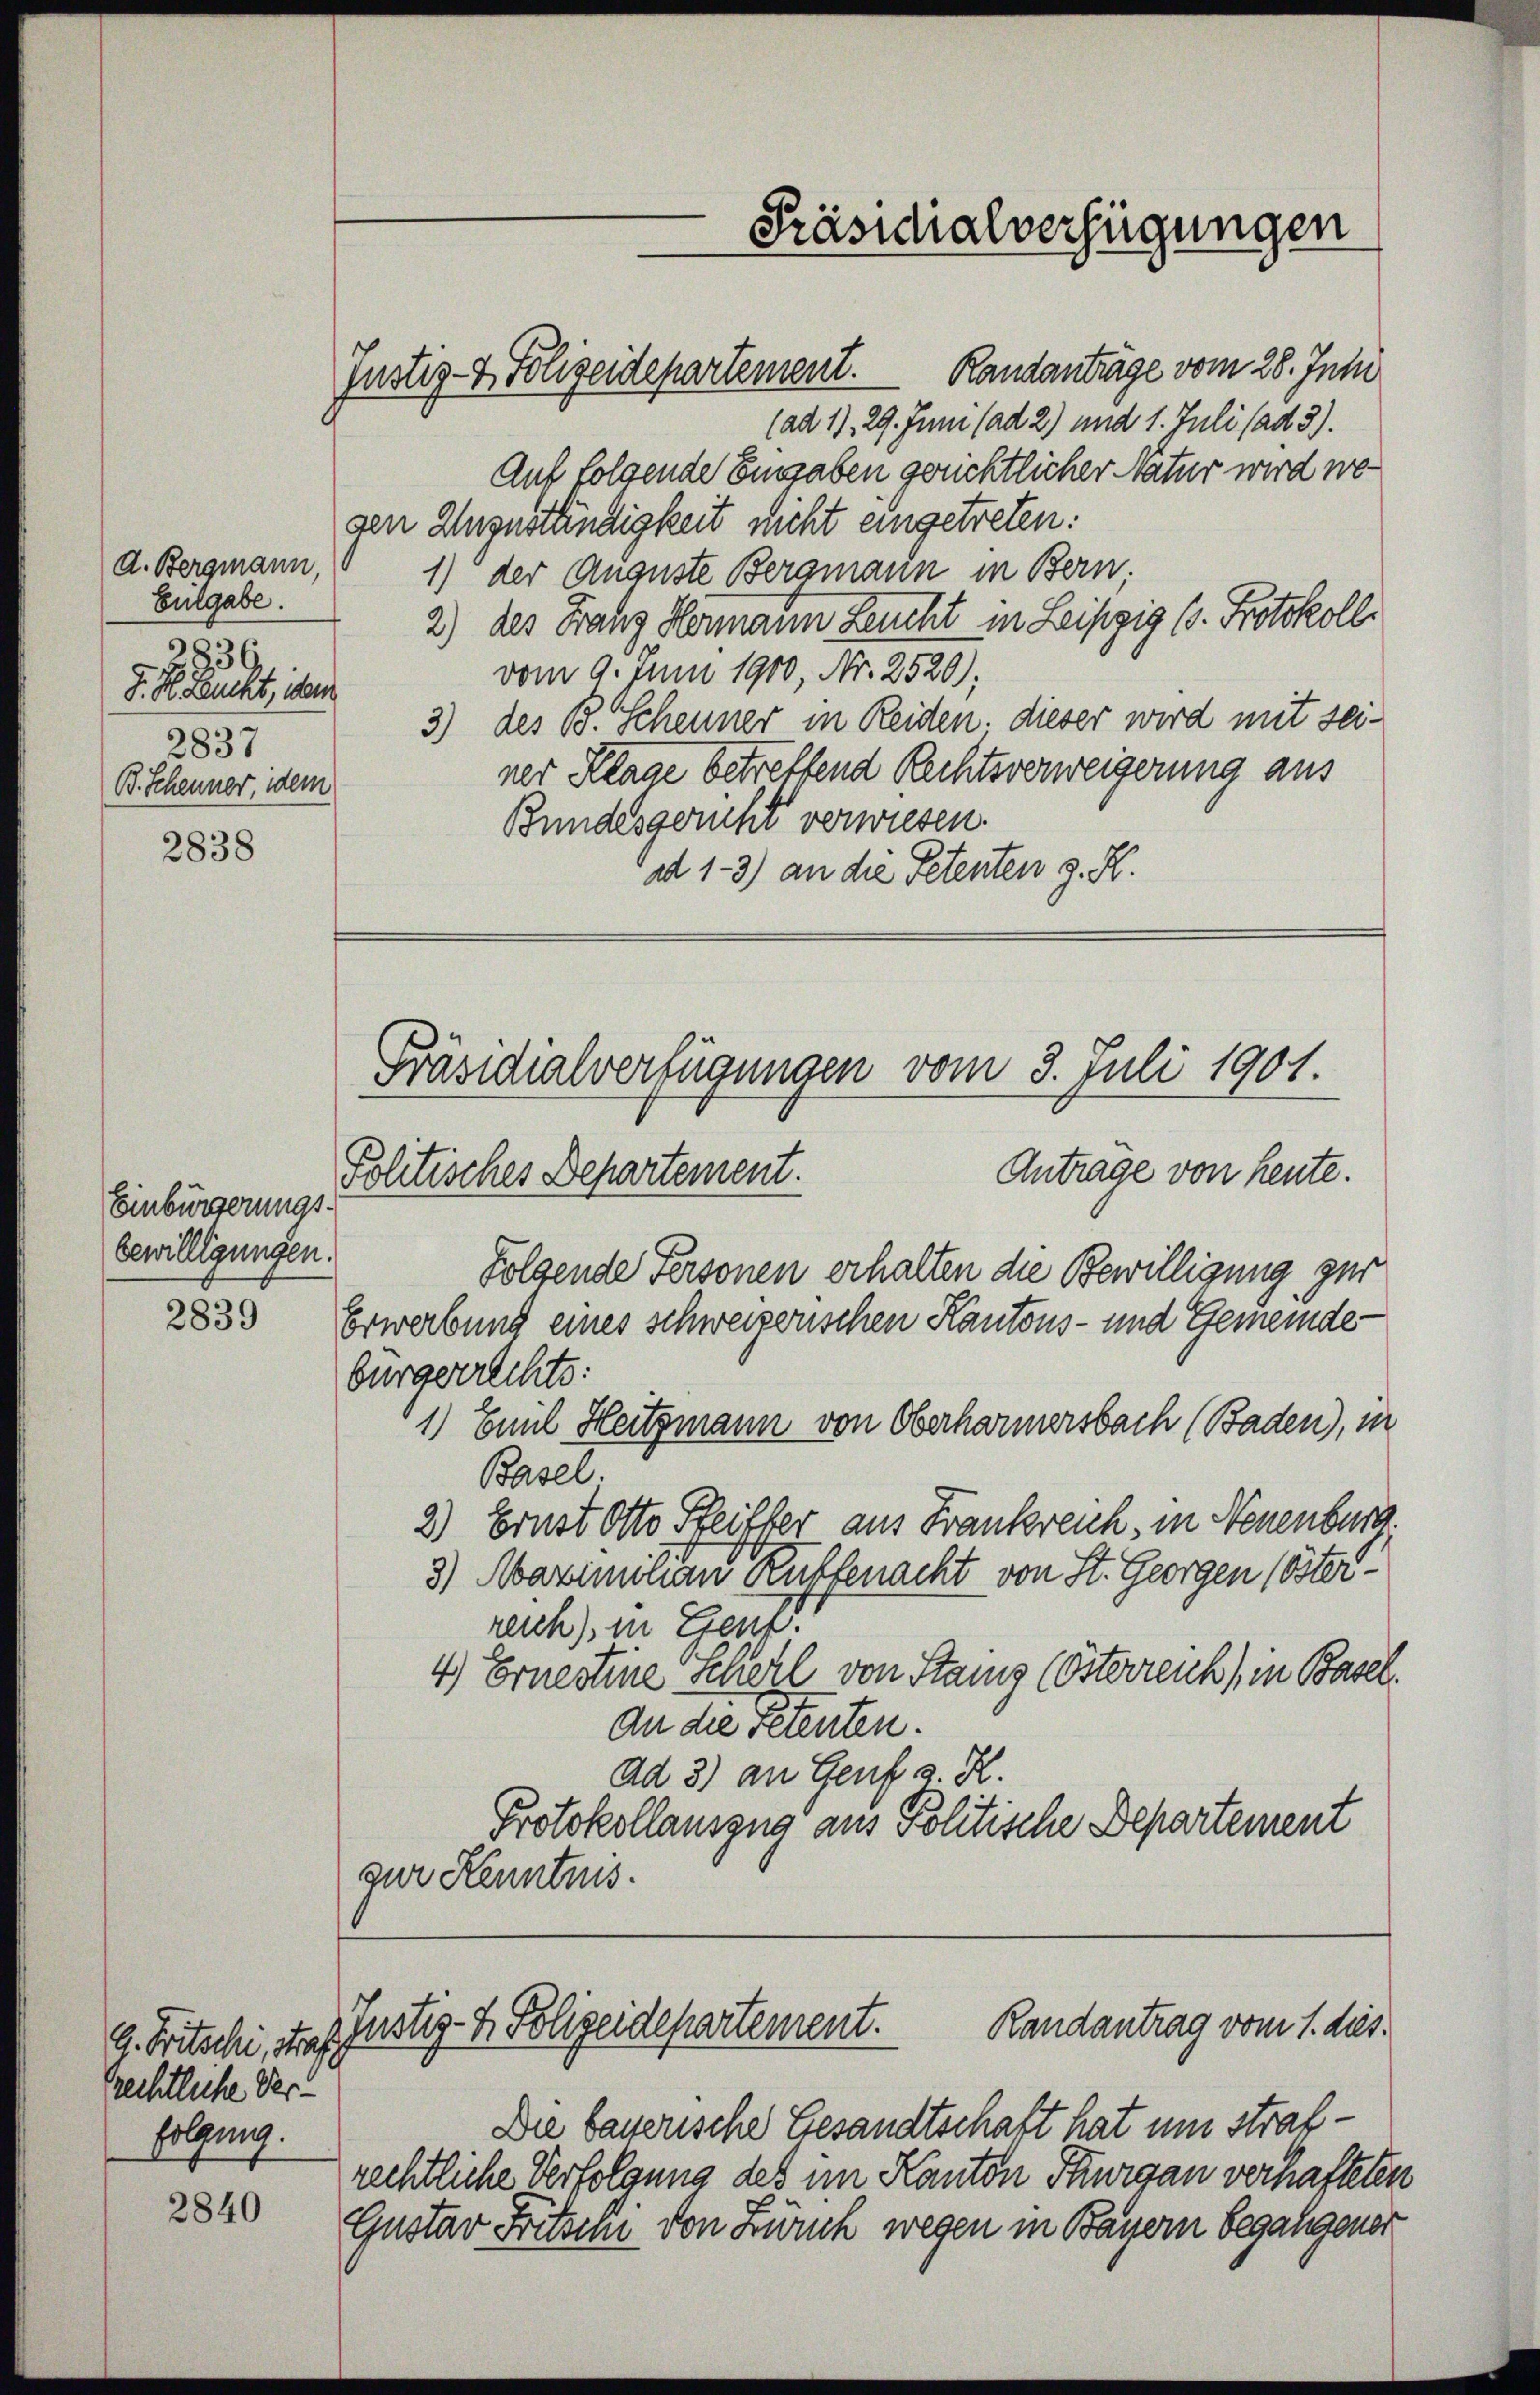
d. Bergmann,
Eulgabe.
2236.
J. Dr. Leucht, dem
2837
B. Scheuner, idem

2838

Einbürgerungs
bewilligungen.

2839

Rechtliche Verfolgung.

2840

Justiz- & Polizeidepartement. Randanträge vom 28. Juni
(ad 1), 29. Juni (ad 2) und 1. Juli (ad 3).
Auf folgende Eusgaben gerichtlicher Natur wird wegen Unzuständigkeit nicht eingetreten:
1) der Auguste Bergmann in Bern
2) des Franz Hermann Leucht in Leipzig (s. Protokoll
vom 9. Juni 1910, Nr. 2520):
3) des B. Scheuner in Reiden. dieser wird mit seiner Klage betreffend Rechtsverweigerung aus
Bundesgericht verwiesen.
dd 1-3) an die Petenten z. K.

Präsidialverfügungen vom 3. Juli 1901.
Antrage von heute.
Politisches Departement.

Präsidialverfügungen

Folgende Personen erhalten die Bewilligung zur
Erwerbung eines schweizerischen Kantons- und Gemeinde-
bürgerrechts:
1) Emil Heitzmann von Oberharmersbach (Baden), in
Basel.
2) Ernst Otto Sfeiffer aus Frankreich, in Neuenburg.
3) Marian Kuffenacht von St. Georgen (österreich), in Genf.
4) Ernestine Scherl von Stang (Osterreich, in Basel.
an die Petenten.
ad 3) an Genf v. H.
Protokollauszug aus Politische Departement
gur Kenntnis.

Die bayerische Gesandtschaft hat um strafrechtliche Verfolgung des im Kanton Thurgau verhafteten
Gustar Fritzern von Zürch wegen in Bayern begangener

Randantrag vom 1. dies¬
. Fritschi, das Justiz- & Polizeidepartement.